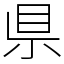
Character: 県